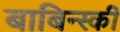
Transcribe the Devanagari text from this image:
बाबिन्स्की